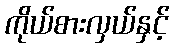
ကိုယ်စားလှယ်နှင့်